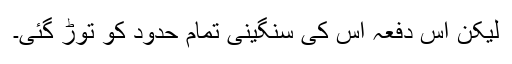
لیکن اس دفعہ اس کی سنگینی تمام حدود کو توڑ گئی۔